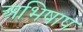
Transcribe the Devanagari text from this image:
अभिषाप